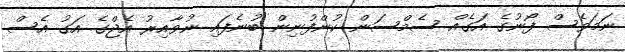
ނަމަވެސް ފޯނުގެ އަގެއް ސެމްސަން ކުންފުނިން ބުނެފައި ނުވާއިރު އެޖްގެ އަގު އެސް